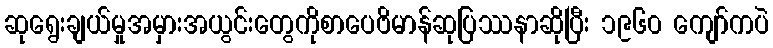
ဆုရွေးချယ်မှုအမှားအယွင်းတွေကိုစာပေဗိမာန်ဆုပြဿနာဆိုပြီး ၁၉၆၀ ကျော်ကပဲ